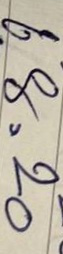
68 = 20